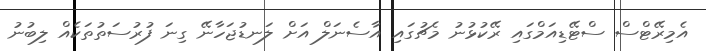
އެމިރޭޓްސް ސްޓޭޑިއަމްގައި ރޭކުޅުނު މެޗުގައި އާސެނަލް އަށް ލަނޑުޖަހާނޭ ގިނަ ފުރުސަތުތަކެއް ލިބުނު